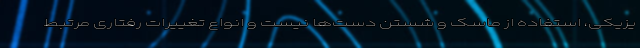
یزیکی، استفاده از ماسک و شستن دست‌ها نیست و انواع تغییرات رفتاری مرتبط